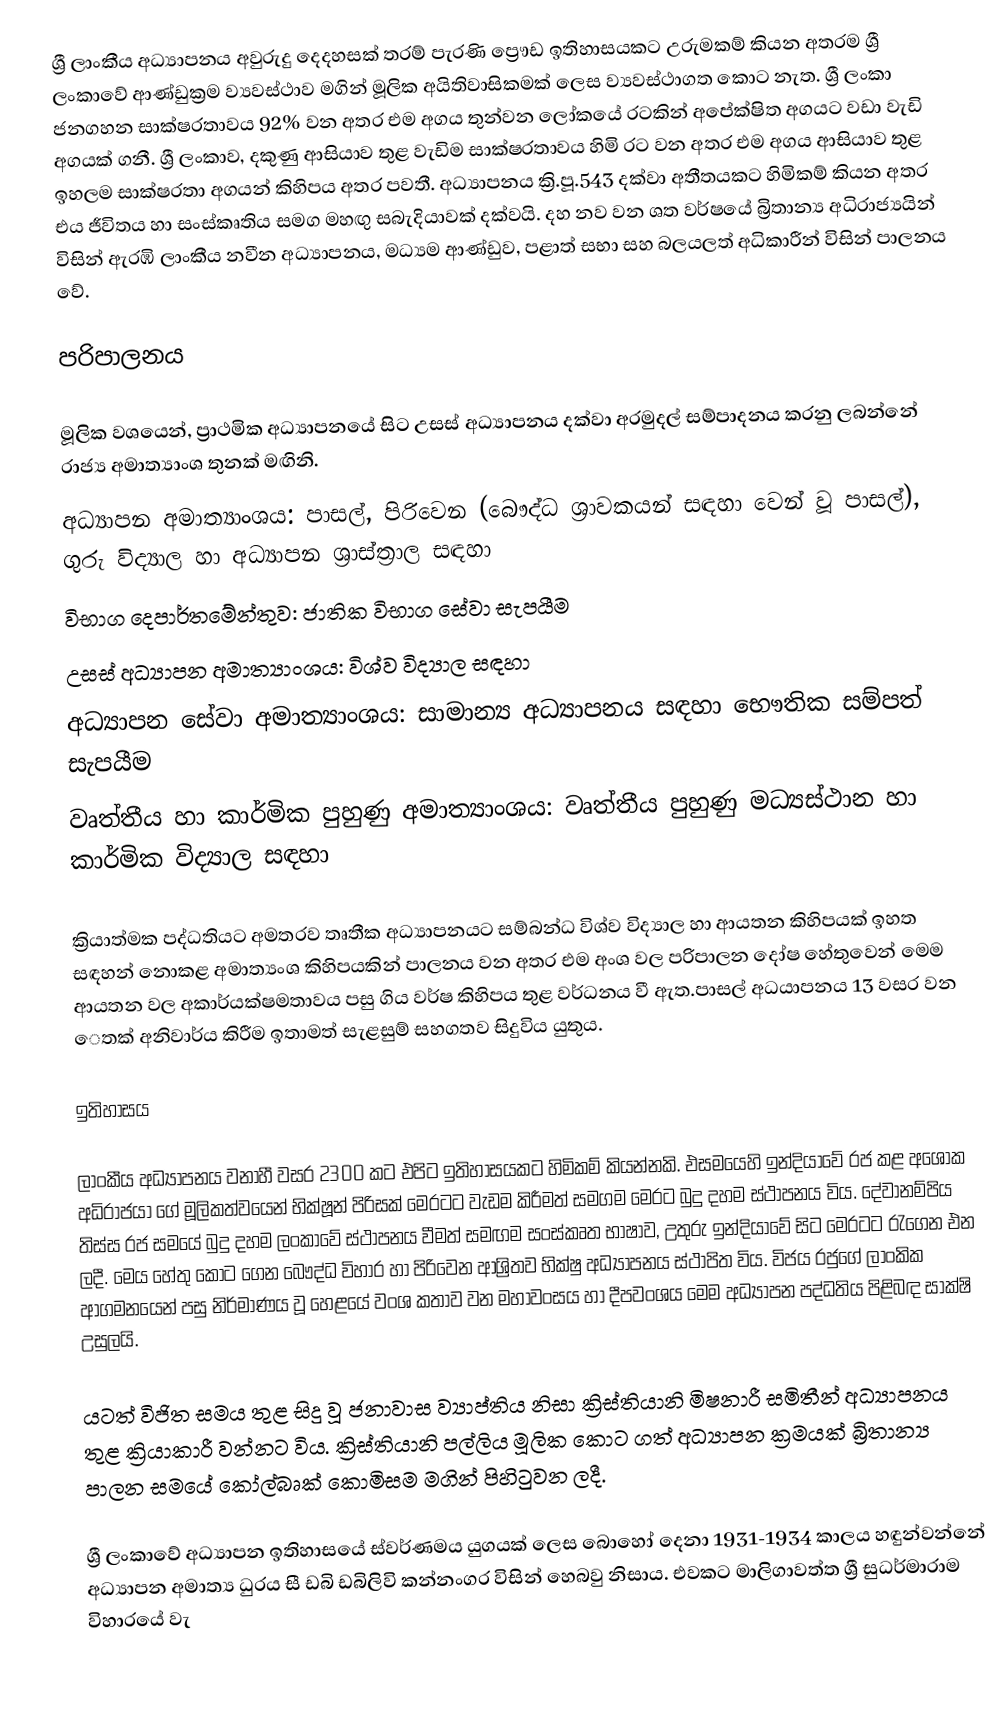
ශ්‍රී ලාංකීය අධ්‍යාපනය අවුරුදු දෙදහසක් තරම් පැරණි ‍ප්‍රෞඩ  ඉතිහාසයකට උරුමකම් කියන අතරම ශ්‍රී ලංකාවේ ආණ්ඩුක්‍රම ව්‍යවස්ථාව මගින් මූලික අයිතිවාසිකමක් ලෙස ව්‍යවස්ථාගත කොට නැත. ශ්‍රී ලංකා ජනගහන සාක්ෂරතාවය 92%  වන අතර එම අගය තුන්වන ලෝකයේ රටකින් අපේක්ෂිත අගයට වඩා වැඩි අගයක් ගනී. ශ්‍රී ලංකාව, දකුණු ආසියාව තුළ වැඩිම සාක්ෂරතාවය හිමි රට වන අතර එම අගය ආසියාව තුළ ඉහලම සාක්ෂරතා අගයන් කිහිපය අතර පවතී. අධ්‍යාපනය ක්‍රි.පූ.543 දක්වා අතීතයකට හිමිකම් කියන අතර එය ජීවිතය හා සංස්කෘතිය සමග මහඟු සබැදියාවක් දක්වයි. දහ නව වන ශත වර්ෂයේ බ්‍රිතාන්‍ය අධිරාජ්‍යයින් විසින් ඇරඹි ලාංකීය නවීන අධ්‍යාපනය, මධ්‍යම ආණ්ඩුව, පළාත් සභා සහ බලයලත් අධිකාරීන් විසින් පාලනය වේ.

පරිපාලනය

මූලික වශයෙන්, ප්‍රාථමික අධ්‍යාපනයේ සිට උසස් අධ්‍යාපනය දක්වා අරමුදල් සම්පාදනය කරනු ලබන්නේ රාජ්‍ය අමාත්‍යාංශ තුනක් මඟිනි.
අධ්‍යාපන අමාත්‍යාංශය: පාසල්, පිරිවෙන (බෞද්ධ ශ්‍රාවකයන් සඳහා වෙන් වූ පාසල්), ගුරු විද්‍යාල හා අධ්‍යාපන ශ්‍රාස්ත්‍රාල සඳහා
විභාග දෙපාර්තමේන්තුව: ජාතික විභාග සේවා සැපයීම
උසස් අධ්‍යාපන අමාත්‍යාංශය: විශ්ව විද්‍යාල සඳහා
අධ්‍යාපන සේවා අමාත්‍යාංශය: සාමාන්‍ය අධ්‍යාපනය සඳහා භෞතික සම්පත් සැපයීම
 වෘත්තීය හා කාර්මික පුහුණු අමාත්‍යාංශය: වෘත්තීය පුහුණු මධ්‍යස්ථාන හා කාර්මික විද්‍යාල සඳහා

ක්‍රියාත්මක පද්ධතියට අමතරව තෘතීක අධ්‍යාපනයට සම්බන්ධ විශ්ව විද්‍යාල හා ආයතන කිහිපයක්  ඉහත සඳහන් නොකළ අමාත්‍යංශ කිහිපයකින් පාලනය වන අතර එම අංශ වල පරිපාලන දෝෂ හේතුවෙන් මෙම ආයතන වල අකාර්යක්ෂමතාවය පසු ගිය වර්ෂ කිහිපය තුළ වර්ධනය වී ඇත.පාසල් අධයාපනය 13 වසර වන ෙතක් අනිවාර්ය කිරීම ඉතාමත් සැළසුම් සහගතව සිදුවිය  යුතුය.

ඉතිහාසය

ලාංකීය අධ්‍යාපනය වනාහී වසර 2300 කට එපිට ඉතිහාසයකට හිමිකම් කියන්නකි. එසමයෙහි ඉන්දියාවේ රජ කළ අශෝක අධිරාජයා ගේ මූලිකත්වයෙන් භික්ෂූන් පිරිසක් මෙරටට වැඩම කිරීමත් සමගම මෙරට බුදු දහම ස්ථාපනය විය. දේවානම්පිය තිස්ස රජ සමයේ බුදු දහම ලංකාවේ ස්ථාපනය වීමත් සමඟම සංස්කෘත භාෂාව, උතුරු ඉන්දියාවේ සිට මෙරටට රැගෙන එන ලදී. මෙය හේතු කොට ගෙන බෞද්ධ විහාර හා පිරිවෙන ආශ්‍රිතව භික්ෂු අධ්‍යාපනය ස්ථාපිත විය. විජය රජුගේ ලාංකික ආගමනයෙන් පසු නිර්මාණය වූ හෙළයේ වංශ කතාව වන මහාවංසය හා දීපවංශය මෙම අධ්‍යාපන පද්ධතිය පිළිබඳ සාක්ෂි උසුලයි.

යටත් විජිත සමය තුළ සිදු වූ ජනාවාස ව්‍යාප්තිය නිසා ක්‍රිස්තියානි මිෂනාරී සමිතීන් අධ්‍යාපනය තුළ ක්‍රියාකාරී වන්නට විය. ක්‍රිස්තියානි පල්ලිය මූලික කොට ගත් අධ්‍යාපන ක්‍රමයක් බ්‍රිතාන්‍ය පාලන සමයේ කෝල්බෘක් කොමිසම මගින් පිහිටුවන ලදී.

ශ්‍රී ලංකාවේ අධ්‍යාපන ඉතිහාසයේ ස්වර්ණමය යුගයක් ‍ලෙස බොහෝ‍ දෙනා 1931-1934 කාලය හඳුන්වන්නේ අධ්‍යාපන අමාත්‍ය ධුරය සී ඩබි ඩබිලිවි කන්නංගර විසින් හෙබවු නිසාය. එවකට මාලිගාවත්ත ශ්‍රී සුධර්මාරාම විහාරයේ වැ